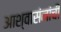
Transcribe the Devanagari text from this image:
आश्वासंनांची